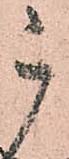
被